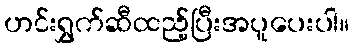
ဟင်းရွှက်ဆီထည့်ပြီးအပူပေးပါ။